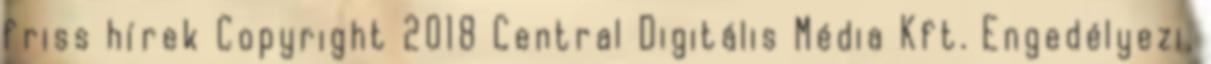
friss hírek Copyright 2018 Central Digitális Média Kft. Engedélyezi,